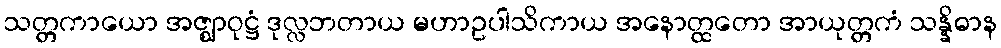
သတ္တကာယော အဇ္ဈာဝုဋ္ဌံ ဒုလ္လဘတာယ မဟာဥပါသိကာယ အနောတ္ထတော အာယုတ္တကံ သန္နိဓာန